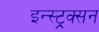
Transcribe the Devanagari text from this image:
इन्स्ट्रक्सन